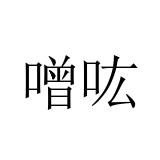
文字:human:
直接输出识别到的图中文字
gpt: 噌吰